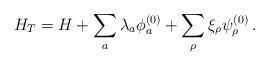
\begin{align*}H_T = H + \sum_a \lambda_a \phi^{(0)}_a+ \sum_\rho \xi_\rho \psi^{(0)}_\rho \,.\end{align*}